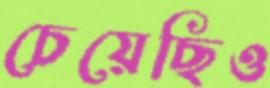
চেয়েছিও